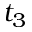
t _ { 3 }